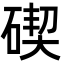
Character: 碶